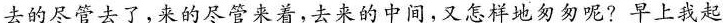
去的尽管去了，来的尽管来着，去来的中间，又怎样地匆匆呢?早上我起